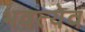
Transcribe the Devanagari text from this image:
भवत्येव